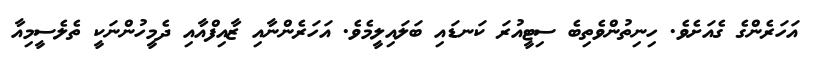
އަހަރެންގެ ގެއަށެވެެ. ހިނިތުންވެތިބެ ސިޓީއުރަ ކަނޑައި ބަލައިލީމެވެ. އަހަރެންނާއި ޒާއިފްއާއި ދެމީހުންނަކީ ތެލެސީމިއާ